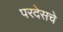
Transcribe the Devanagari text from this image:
परदेसचे